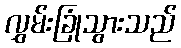
လွှမ်းခြုံသွားသည်